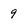
Character: 9